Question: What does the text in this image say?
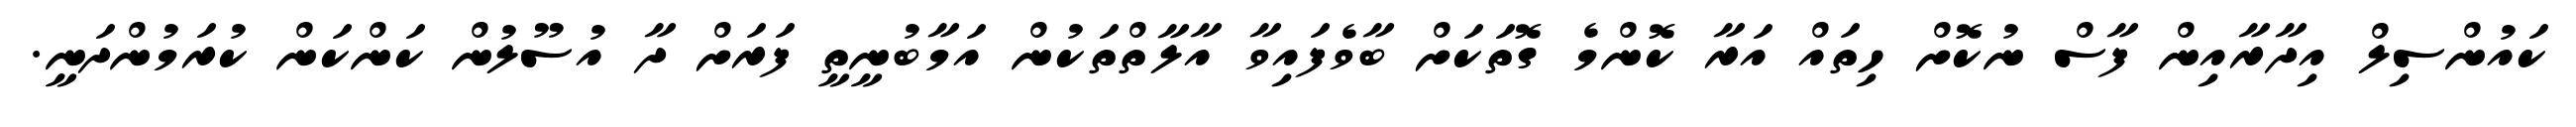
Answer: ކައުންސިލް އިދާރާއިން ފާސް ނުކޮށް ހިތައް އަރާ ކޮންމެ ގޮތަކަށް ބާވެފައިވާ އާލާތްތަކުން އަމާބުނީތީ ފަރަށް ދާ އުސޫލުން ކަންކަން ކުރަމުންދަނީ.